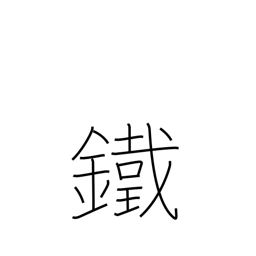
Meaning: iron